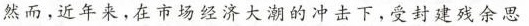
然而，近年来，在市场经济大潮的冲击下，受封建残余思